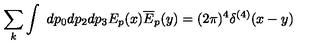
\sum _ { k } \int \ d p _ { 0 } d p _ { 2 } d p _ { 3 } E _ { p } ( x ) \overline { { E } } _ { p } ( y ) = ( 2 \pi ) ^ { 4 } \delta ^ { ( 4 ) } ( x - y )